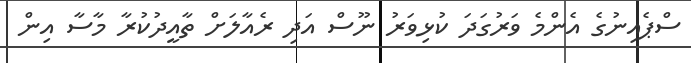
ސްޕެއިނުގެ އެންމެ ވަރުގަދަ ކުޅިވަރު ނޫސް އަދި ރެއާލަށް ތާއީދުކުރާ މާސާ އިން